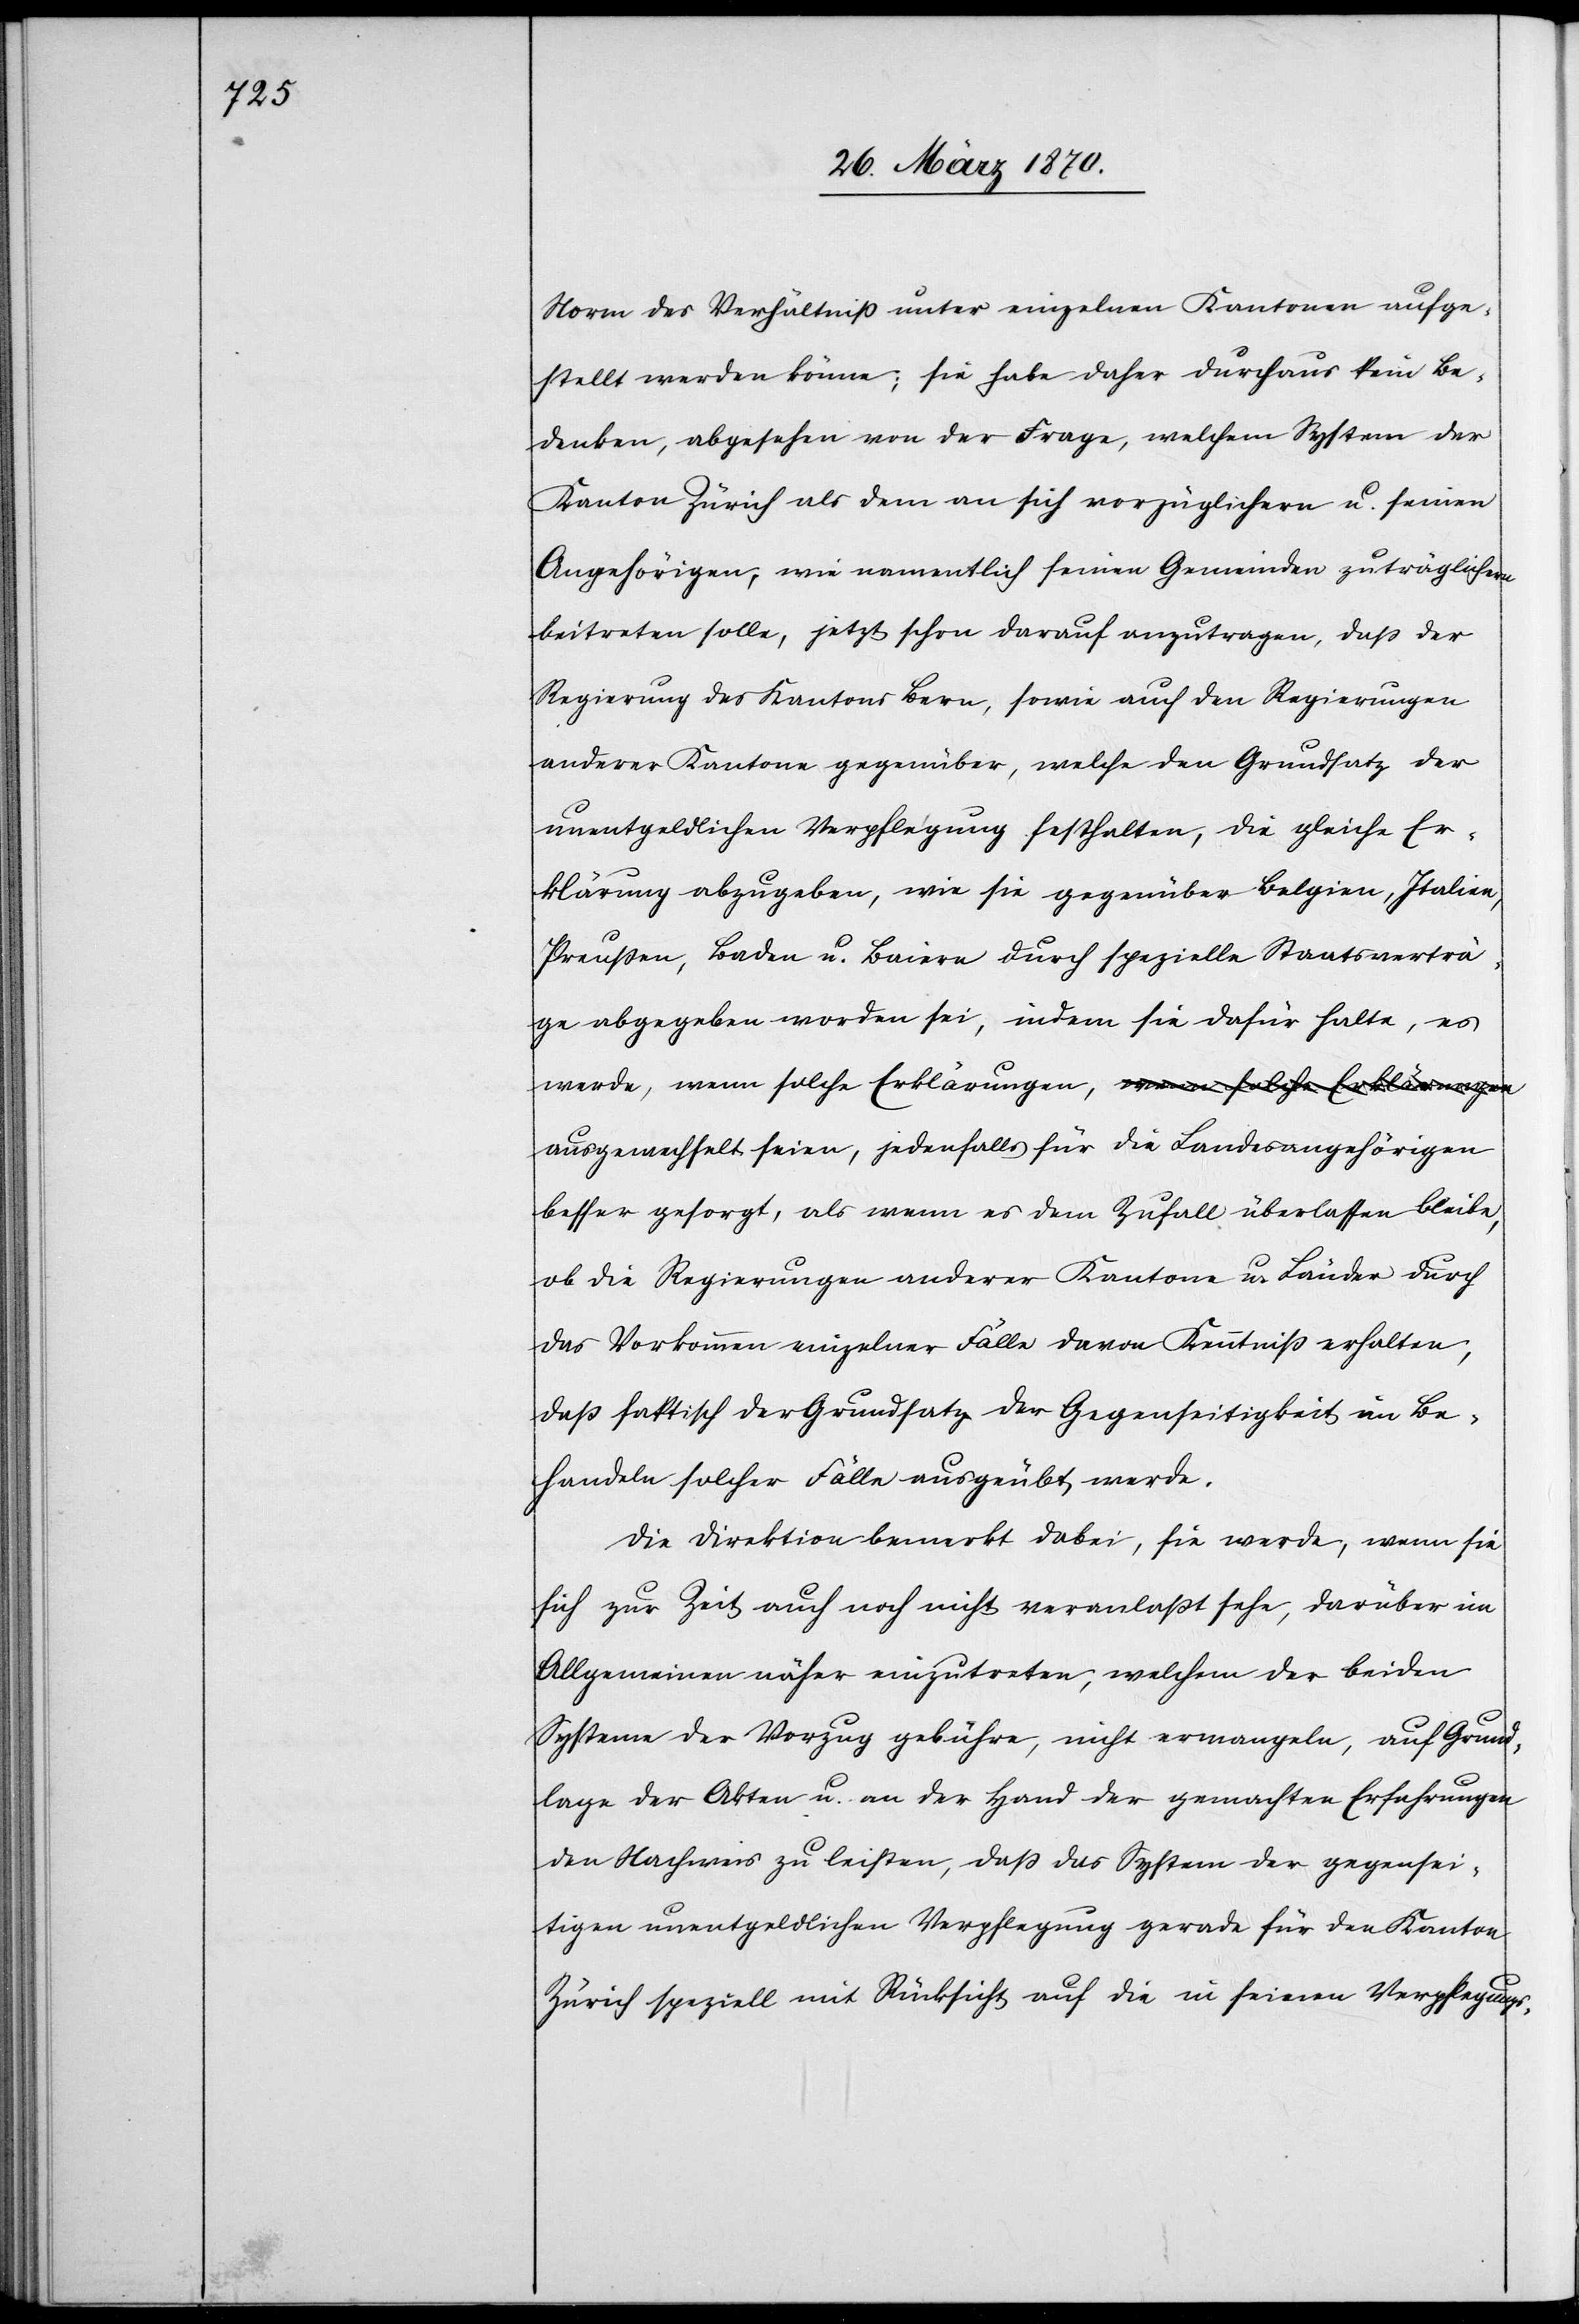
Norm des Verhältniß [sic!] unter einzelnen Kantonen aufge¬
stellt werden könne; sie habe daher durchaus kein Be¬
denken, abgesehen von der Frage, welchem System der
Kanton Zürich als dem an sich vorzüglichern u. seinen
Angehörigen, wie namentlich seinen Gemeinden zuträglichern
beitreten solle, jetzt schon darauf anzutragen, daß der
Regierung des Kantons Bern, sowie auch den Regierungen
anderer Kantone gegenüber, welche den Grundsatz der
unentgeldlichen Verpflegung festhalten, die gleiche Er¬
klärung abzugeben, wie sie gegenüber Belgien, Italien,
Preußen, Baden u. Baiern durch spezielle Staatsverträ¬
ge abgegeben worden sei, indem sie dafür halte, es
werde, wenn solche Erklärungen, ausgewechselt seien, jedenfalls für die
besser gesorgt, als wenn es dem Zufall überlassen bleibe,
ob die Regierungen anderer Kantone u. Länder durch
das Vorkommen einzelner Fälle davon Kenntniß erhalten,
daß faktisch der Grundsatz der Gegenseitigkeit im Be¬
handeln solcher Fälle ausgeübt werde.
Die Direktion bemerkt dabei, sie werde, wenn sie
sich zur Zeit auch noch nicht veranlaßt sehe, darüber im
Allgemeinen näher einzutreten, welchem der beiden
Systeme der Vorzug gebühre, nicht ermangeln, auf Grund¬
lage der Akten u. an der Hand der gemachten Erfahrungen
den Nachweis zu leisten, daß das System der gegensei¬
tigen unentgeldlichen Verpflegung gerade für den Kanton
Zürich speziell mit Rücksicht auf die in seinen Verpflegungs-